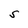
Character: S